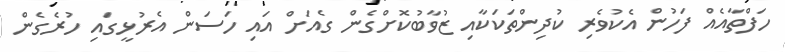
ހަފްތާއެއް ފަހުން އެކުވެރި ކުދިންތަކަކާއި ޒުވާބުކޮށްގެން ގެއަށް އައި ހަސަން އެރުޅީގައި ހުރެގެން